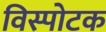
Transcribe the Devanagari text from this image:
विस्पोटक